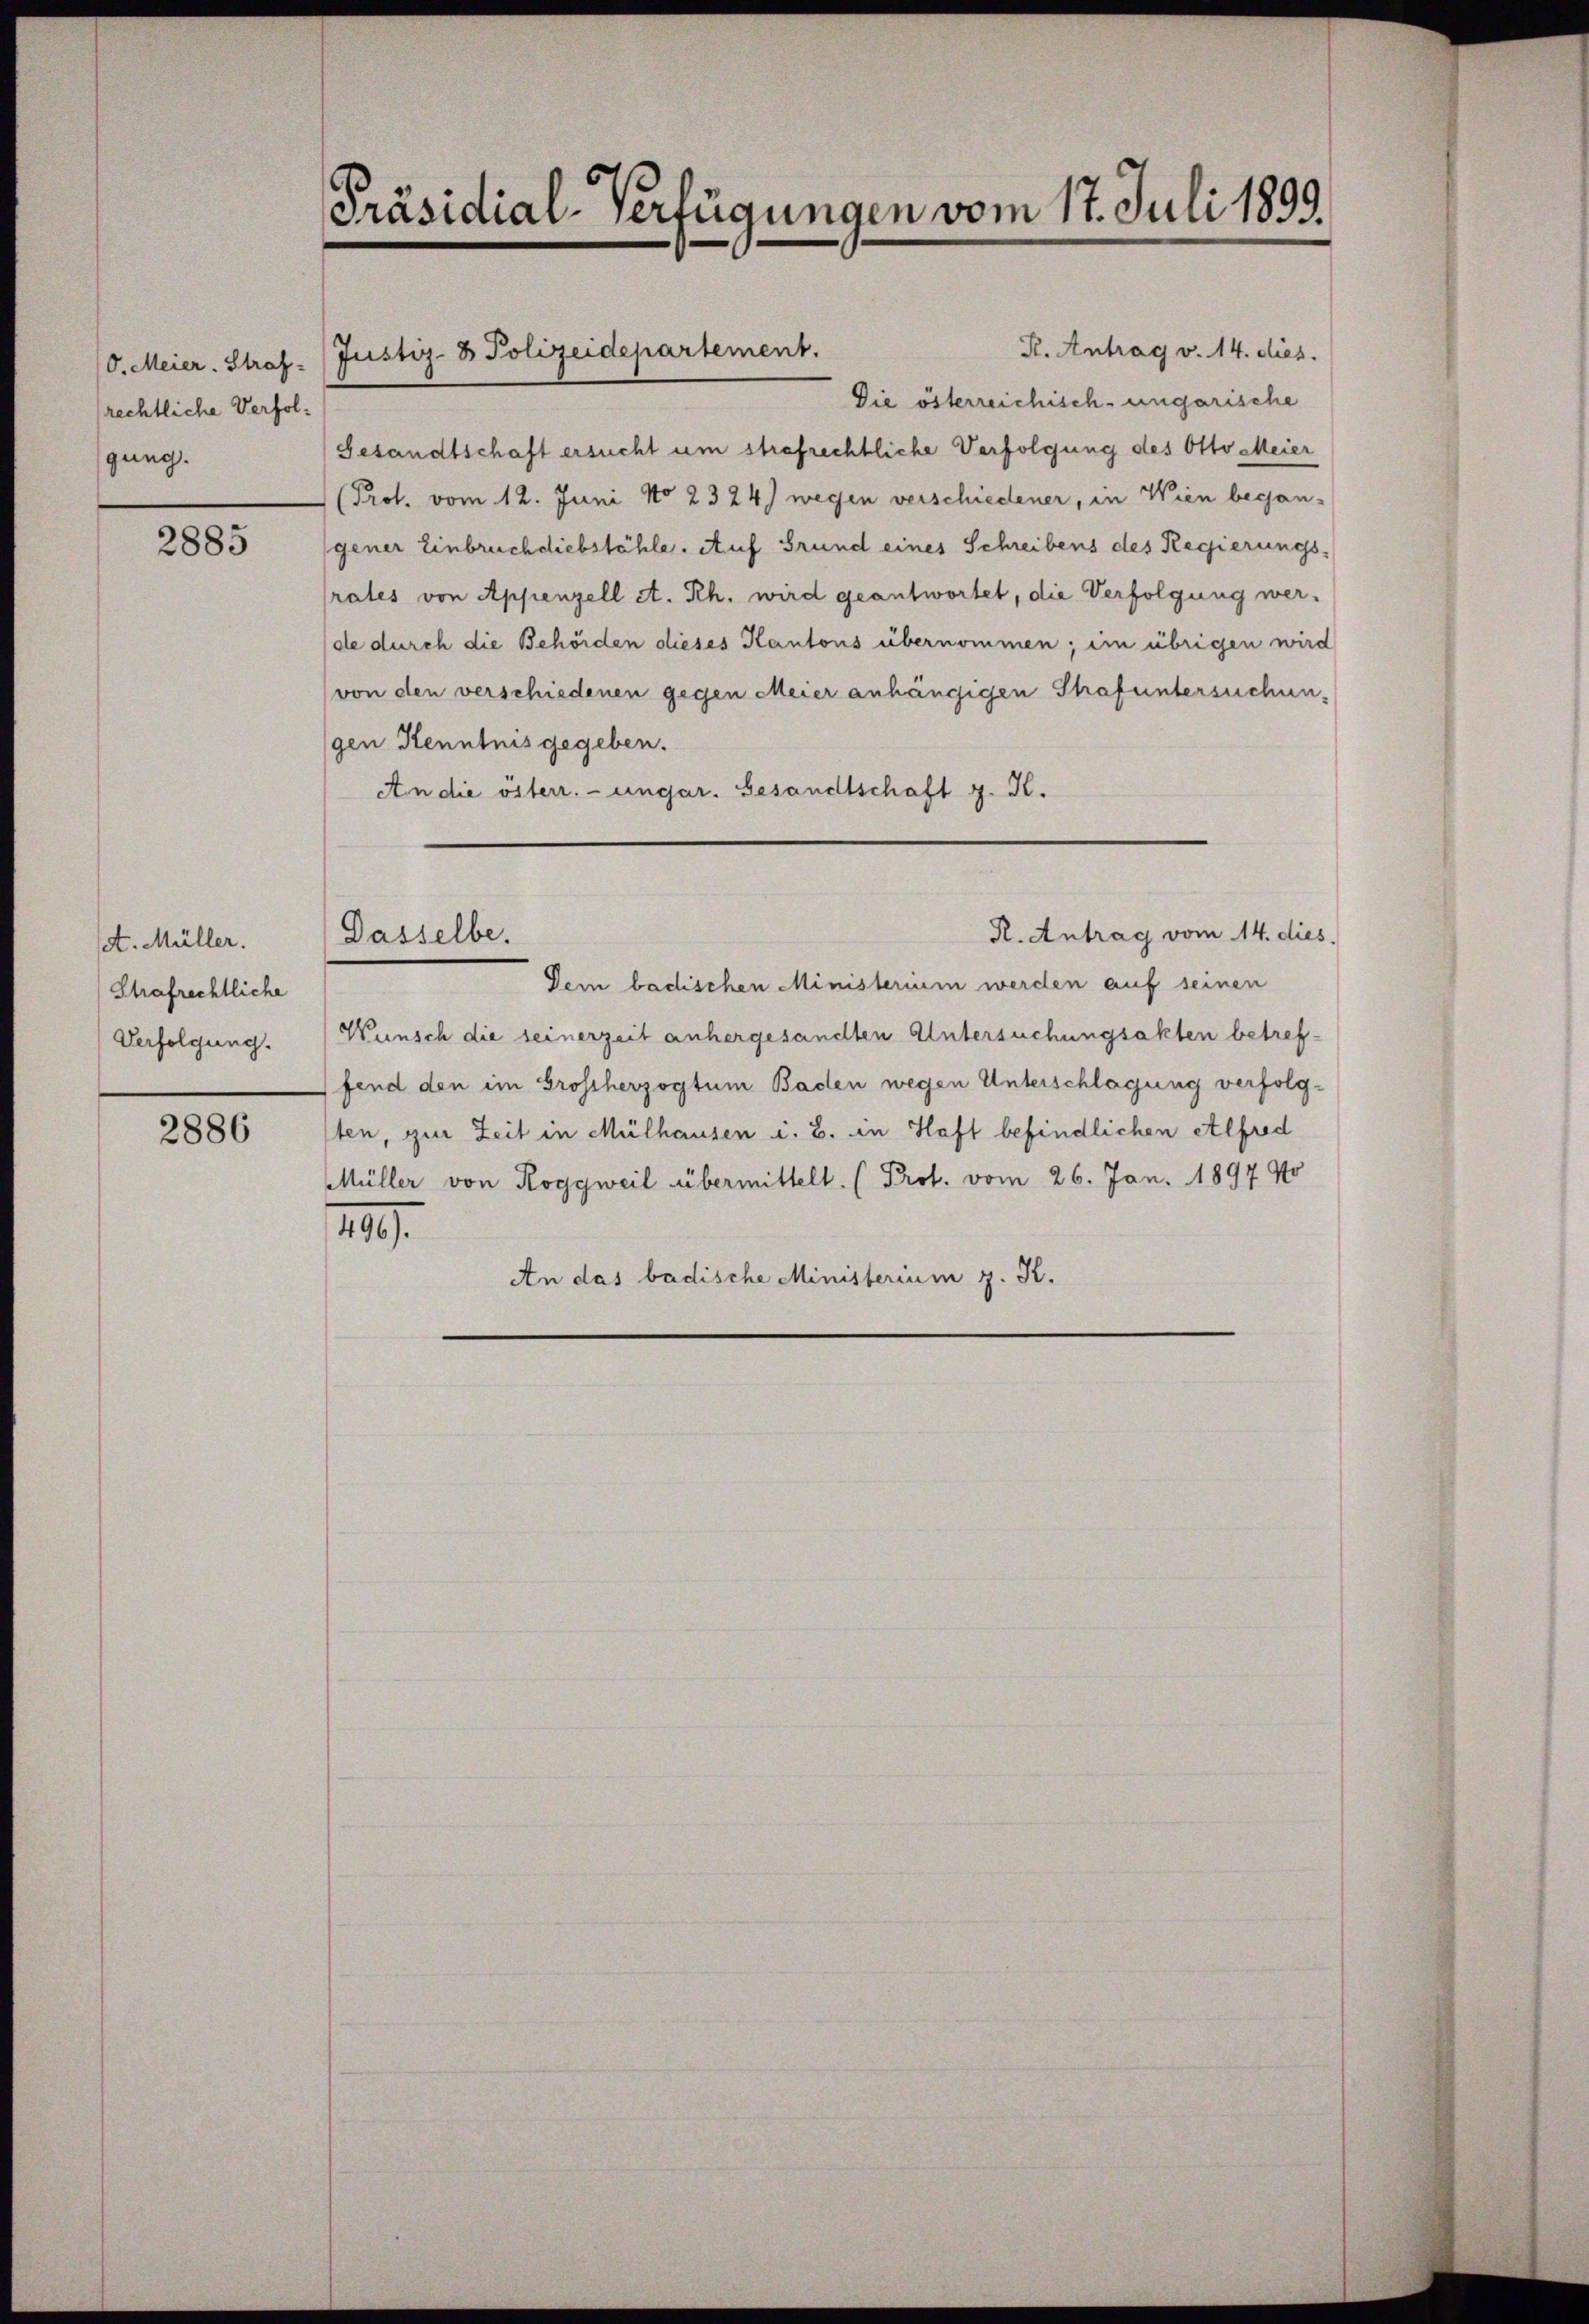
/0. Meier. Straf-
rechtliche Verfolgung.

2885

et. Müller.
Strafrechtliche
Verfolgung.

2886

Justiz- & Polizeidepartement.

Präsidial-Verfügungen vom 17. Juli 1899.

R. Antrag v. 14. dies.
Die österreichisch-ungarische
Gesandtschaft ersucht um strafrechtliche Verfolgung des Otto Meier
(Prot. vom 12. Juni No 23 24) wegen verschiedener, in Wien begangener Einbruch diebstähle. Auf Grund eines Schreibens des Regierungs-
rates von Appenzell A. Rh. wird geantwortet, die Verfolgung wer-
de durch die Behörden dieses Kantons übernommen; im übrigen wird
von den verschiedenen gegen Meier anhängigen Strafuntersuchungen Kenntnis gegeben.
An die österr. ungar. Gesandtschaft z. K.
R. Antrag vom 14. dies
Dasselbe.
Dein badischen Ministerium werden auf seinen
Wunsch die seinerzeit anhergesandten Untersuchungsakten betreffend den im Groscherzogtum Baden wegen Unterschlagung verfolgsten, zur Zeit in Mülhausen i. B. in Haft befindlichen Alfred
Müller von Roggweil übermittelt. (Prof. vom 26. Jan. 1897 No
199.
An das badische Ministerium z. K.